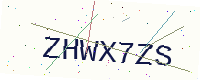
Text: ZHWX7ZS